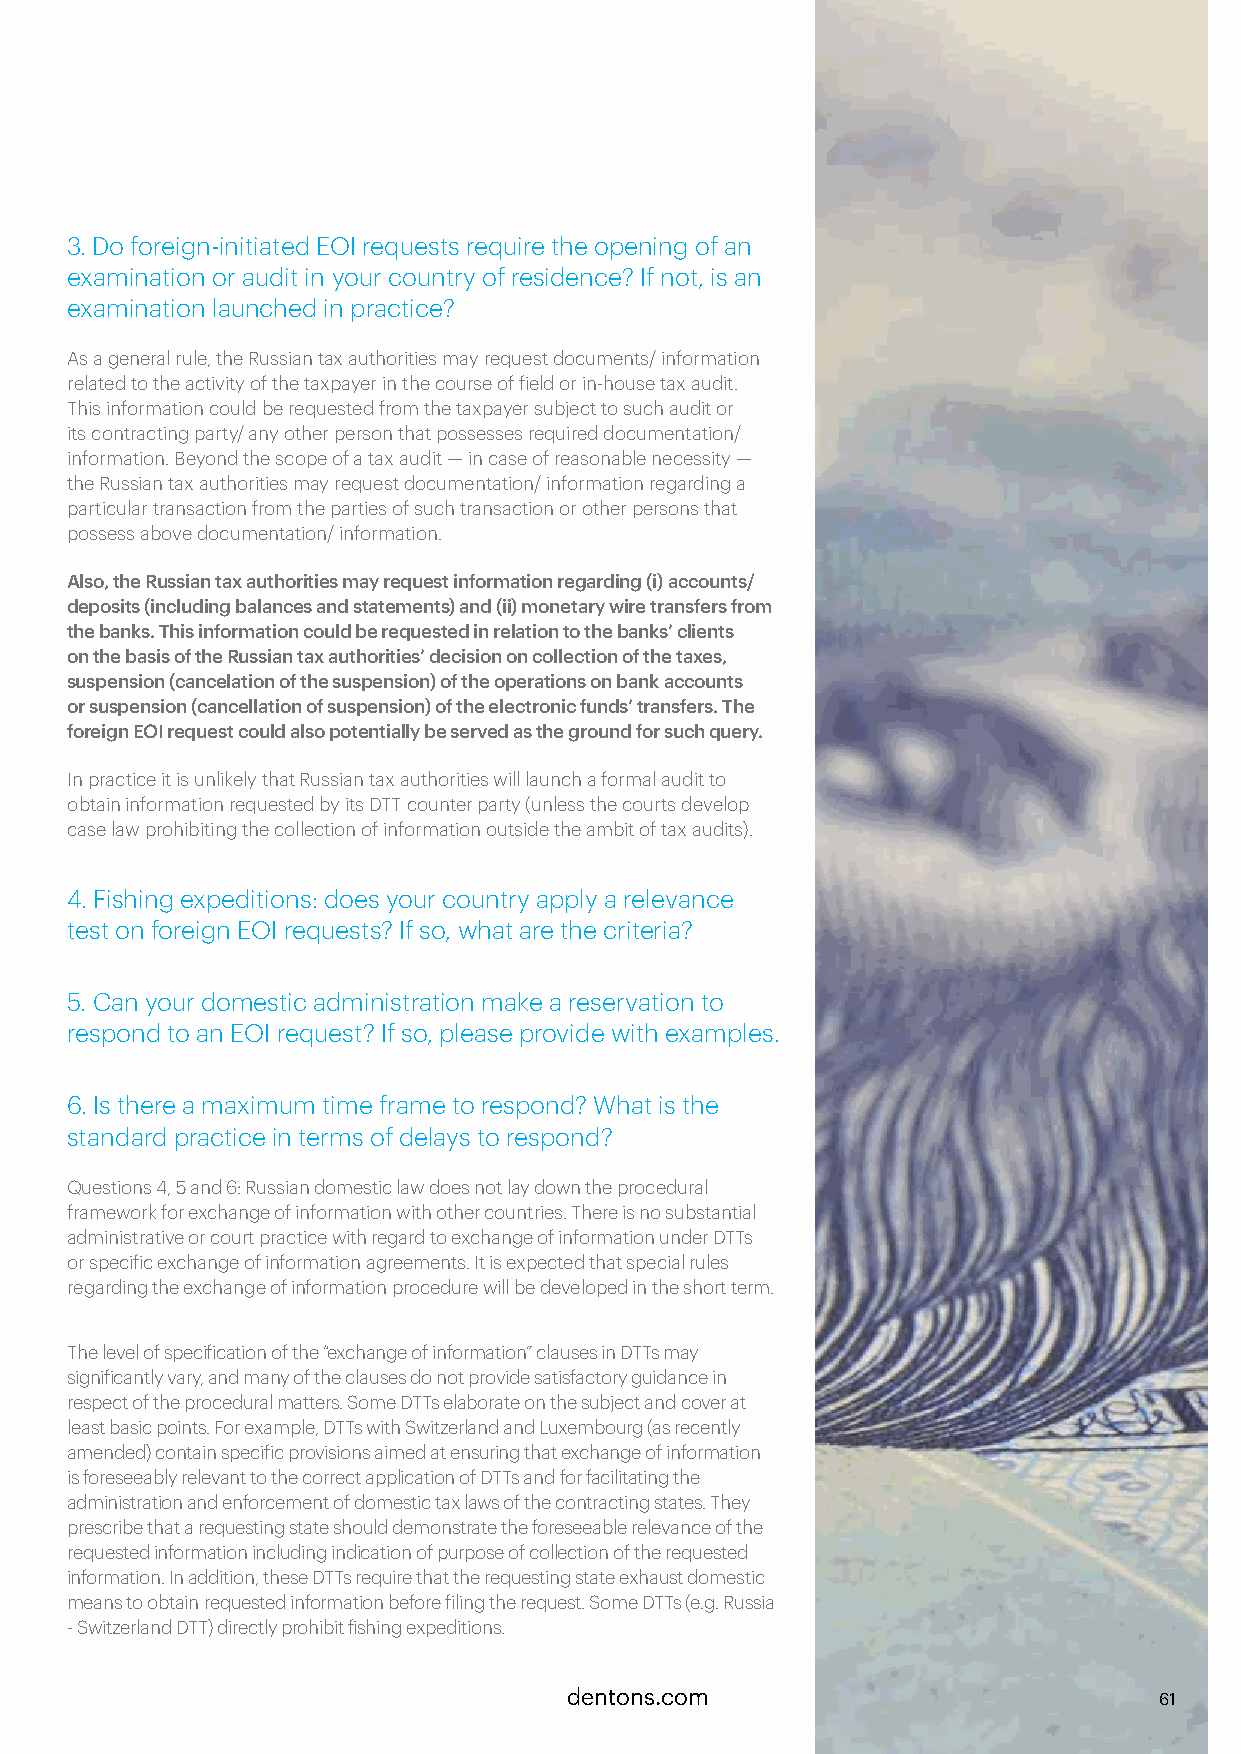
3. Do foreign-initiated EOI requests require the opening of an
 examination or audit in your country of residence? If not, is an
 examination launched in practice?
 As a general rule, the Russian tax authorities may request documents/ information
 related to the activity of the taxpayer in the course of field or in-house tax audit.
 This information could be requested from the taxpayer subject to such audit or
 its contracting party/ any other person that possesses required documentation/
 information. Beyond the scope of a tax audit — in case of reasonable necessity —
 the Russian tax authorities may request documentation/ information regarding a
 particular transaction from the parties of such transaction or other persons that
 possess above documentation/ information.
 Also, the Russian tax authorities may request information regarding (i) accounts/
 deposits (including balances and statements) and (ii) monetary wire transfers from
 the banks. This information could be requested in relation to the banks’ clients
 on the basis of the Russian tax authorities’ decision on collection of the taxes,
 suspension (cancelation of the suspension) of the operations on bank accounts
 or suspension (cancellation of suspension) of the electronic funds’ transfers. The
 foreign EOI request could also potentially be served as the ground for such query.
 In practice it is unlikely that Russian tax authorities will launch a formal audit to
 obtain information requested by its DTT counter party (unless the courts develop
 case law prohibiting the collection of information outside the ambit of tax audits).
 4. Fishing expeditions: does your country apply a relevance
 test on foreign EOI requests? If so, what are the criteria?
 5. Can your domestic administration make a reservation to
 respond to an EOI request? If so, please provide with examples.
 6. Is there a maximum time frame to respond? What is the
 standard practice in terms of delays to respond?
 Questions 4, 5 and 6: Russian domestic law does not lay down the procedural
 framework for exchange of information with other countries. There is no substantial
 administrative or court practice with regard to exchange of information under DTTs
 or specific exchange of information agreements. It is expected that special rules
 regarding the exchange of information procedure will be developed in the short term.
 The level of specification of the “exchange of information” clauses in DTTs may
 significantly vary, and many of the clauses do not provide satisfactory guidance in
 respect of the procedural matters. Some DTTs elaborate on the subject and cover at
 least basic points. For example, DTTs with Switzerland and Luxembourg (as recently
 amended) contain specific provisions aimed at ensuring that exchange of information
 is foreseeably relevant to the correct application of DTTs and for facilitating the
 administration and enforcement of domestic tax laws of the contracting states. They
 prescribe that a requesting state should demonstrate the foreseeable relevance of the
 requested information including indication of purpose of collection of the requested
 information. In addition, these DTTs require that the requesting state exhaust domestic
 means to obtain requested information before filing the request. Some DTTs (e.g. Russia
 - Switzerland DTT) directly prohibit fishing expeditions.
 dentons.com                            61